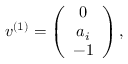
v ^ { ( 1 ) } = \left( \begin{array} { c c c } { { 0 } } \\ { { a _ { i } } } \\ { { - 1 } } \end{array} \right) ,